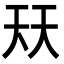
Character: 𭑈